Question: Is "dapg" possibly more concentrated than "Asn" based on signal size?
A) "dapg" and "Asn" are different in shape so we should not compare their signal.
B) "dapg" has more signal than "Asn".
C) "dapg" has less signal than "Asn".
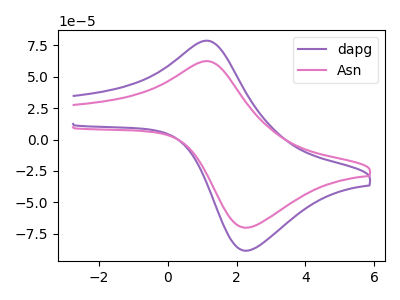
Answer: <think>The purple curve "dapg" has an anodic peak at (1.10V, 78.60uA) and a cathodic peak at (2.30V, -88.40uA). The pink curve "Asn" has an anodic peak at (1.10V, 62.35uA) and a cathodic peak at (2.30V, -70.10uA).
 All the peaks in "dapg" have a peak in "Asn" at the same potential. Every peak in "dapg" is higher than every peak in "Asn".</think>
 <answer>B) "dapg" has more signal than "Asn".</answer>
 <eval>B</eval>